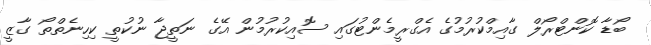
ބޯޑާ ކޮންޓްރޯލް ގާއިމްކުރުމުގެ އެގްރީމެންޓުގައި ސޮއިކުރުމުން އޭގެ ނަތީޖާ ނުކުތީ ކިހިނެތްތޯ ގާޒީ